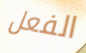
الفعل